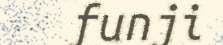
funji